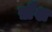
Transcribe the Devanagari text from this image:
ख़ैश